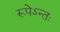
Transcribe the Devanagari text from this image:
रूपेऽन्तः